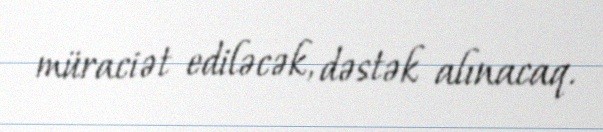
müraciət ediləcək, dəstək alınacaq.